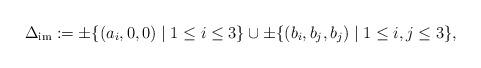
LaTeX: \begin{align*}\Delta_{\rm im} := \pm \{(a_i, 0, 0) \mid 1 \le i \le 3\} \cup \pm \{ (b_i,b_j,b_j) \mid 1\le i,j \le 3\}, \end{align*}